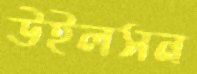
উইলসন